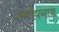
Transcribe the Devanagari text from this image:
मनोहरनाथ